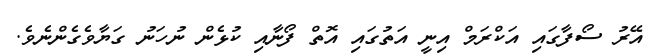
އޭރު ސޯފާގައި އަކްރަމް އިނީ އަތުގައި އޮތް ފޯނާއި ކުޅެން ނުހަނު ގަޔާވެގެންނެވެ.